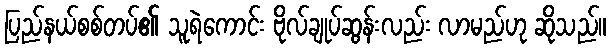
ပြည်နယ်စစ်တပ်၏ သူရဲကောင်း ဗိုလ်ချုပ်ဆွန်းလည်း လာမည်ဟု ဆိုသည်။